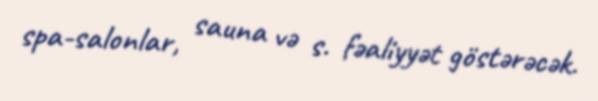
spa-salonlar, sauna və s. fəaliyyət göstərəcək.